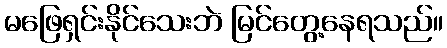
မဖြေရှင်းနိုင်သေးဘဲ မြင်တွေ့နေရသည်။